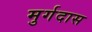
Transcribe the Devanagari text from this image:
मुर्गदास